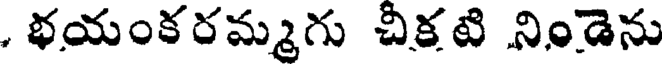
, భయంకరమ్మగు చీక్షటి నిండెను